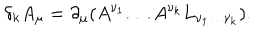
\delta _ { k } A _ { \mu } = \partial _ { \mu } ( A ^ { \nu _ { 1 } } \ldots A ^ { \nu _ { k } } L _ { \nu _ { 1 } \ldots \nu _ { k } } ) .